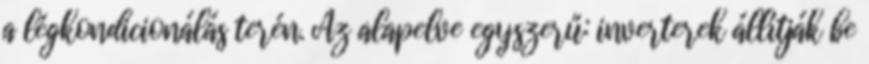
a légkondicionálás terén. Az alapelve egyszerű: inverterek állítják be